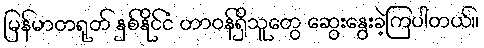
မြန်မာတရုတ် နှစ်နိုင်ငံ တာဝန်ရှိသူတွေ ဆွေးနွေးခဲ့ကြပါတယ်။